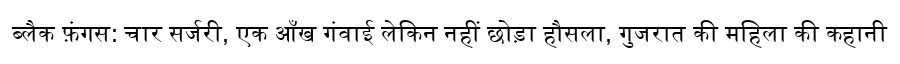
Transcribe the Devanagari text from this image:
ब्लैक फ़ंगस: चार सर्जरी, एक आँख गंवाई लेकिन नहीं छोड़ा हौसला, गुजरात की महिला की कहानी